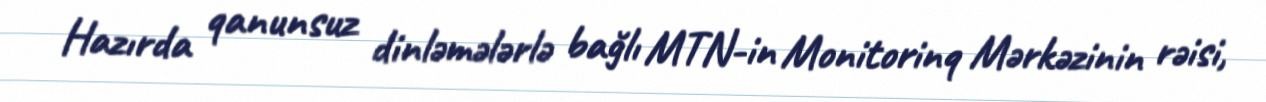
Hazırda qanunsuz dinləmələrlə bağlı MTN-in Monitorinq Mərkəzinin rəisi,